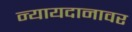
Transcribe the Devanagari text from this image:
न्यायदानावर